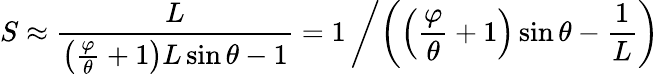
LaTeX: S\approx{\frac{L}{\left({\frac{\varphi}{\theta}}+1\right)L\sin\theta-1}}=1\left/\left(\left({\frac{\varphi}{\theta}}+1\right)\sin\theta-{\frac{1}{L}}\right)\right.